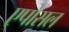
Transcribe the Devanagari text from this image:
एपोसल